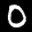
Label: 0